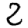
Digit: 2